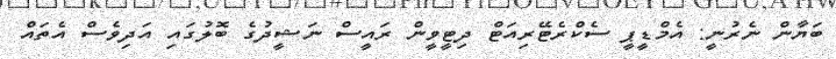
ބަޔާން ނެރުނީ: އެމްޑީޕީ ސެކްރެޓޭރިއަޓް ދިޓީވީން ރައީސް ނަޝީދުގެ ބޮލުގައި އަދިވެސް އެތައް